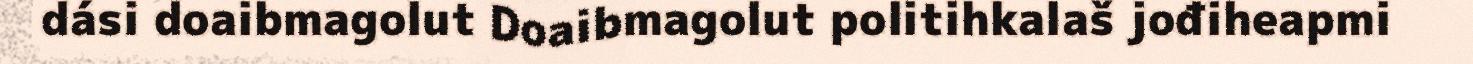
dási doaibmagolut Doaibmagolut politihkalaš jođiheapmi